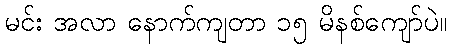
မင်း အလာ နောက်ကျတာ ၁၅ မိနစ်ကျော်ပဲ။